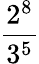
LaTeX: \frac{2^{8}}{3^{5}}